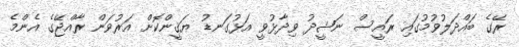
ރޭގެ ބައްދަލުވުމުގައި ރައީސް ނަޝީދު ވިދާޅުވީ އަޅުގަނޑު ޔަޤީންކޮށް އަރުވަން ރާއްޖޭގެ އެންމެ